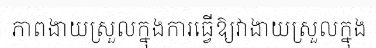
ភាពងាយស្រួលក្នុងការធ្វើឱ្យវាងាយស្រួលក្នុង